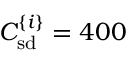
C _ { \mathrm { s d } } ^ { \{ i \} } = 4 0 0